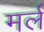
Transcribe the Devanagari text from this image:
मर्ल